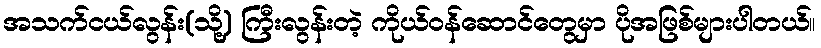
အသက်ငယ်လွန်း(သို့) ကြီးလွန်းတဲ့ ကိုယ်ဝန်ဆောင်တွေမှာ ပိုအဖြစ်များပါတယ်။